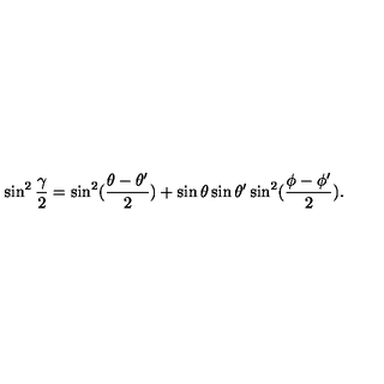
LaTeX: \sin ^ { 2 } { \frac { \gamma } { 2 } } = \sin ^ { 2 } ( { \frac { \theta - \theta ^ { \prime } } { 2 } } ) + \sin \theta \sin \theta ^ { \prime } \sin ^ { 2 } ( { \frac { \phi - \phi ^ { \prime } } { 2 } } ) .